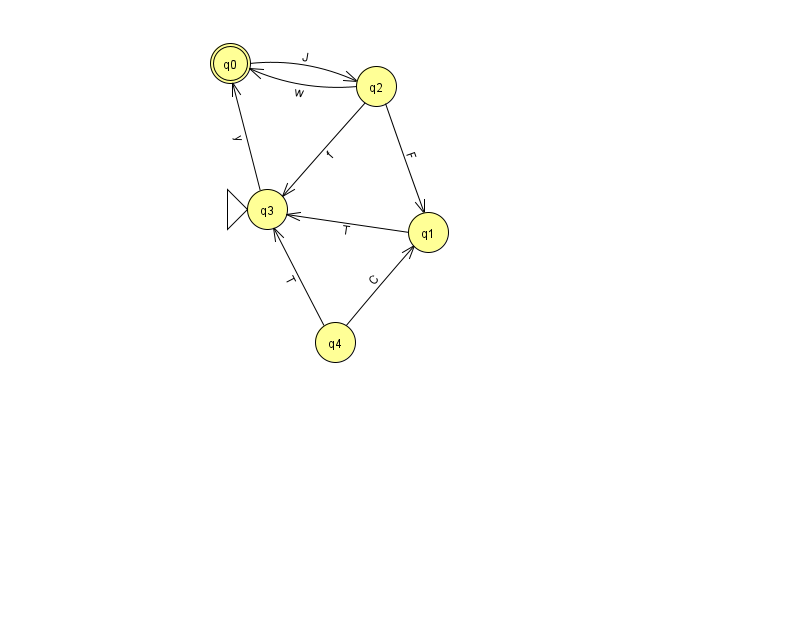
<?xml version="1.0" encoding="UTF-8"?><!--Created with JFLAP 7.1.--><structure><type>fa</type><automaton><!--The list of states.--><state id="0" name="q0"><x>230.0</x><y>50.0</y><final/></state><state id="1" name="q1"><x>428.0</x><y>219.0</y></state><state id="2" name="q2"><x>376.0</x><y>73.0</y></state><state id="3" name="q3"><x>267.0</x><y>196.0</y><initial/></state><state id="4" name="q4"><x>335.0</x><y>329.0</y></state><!--The list of transitions.--><transition><from>2</from><to>0</to><read>w</read></transition><transition><from>2</from><to>3</to><read>f</read></transition><transition><from>4</from><to>1</to><read>C</read></transition><transition><from>1</from><to>3</to><read>T</read></transition><transition><from>3</from><to>0</to><read>y</read></transition><transition><from>4</from><to>3</to><read>T</read></transition><transition><from>0</from><to>2</to><read>J</read></transition><transition><from>2</from><to>1</to><read>F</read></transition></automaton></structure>